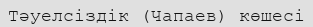
Тәуелсіздік (Чапаев) көшесі